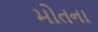
મોતના